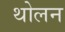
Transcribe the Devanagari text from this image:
थोलन